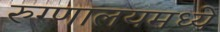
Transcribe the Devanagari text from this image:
रुग्णालयमध्ये